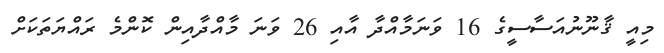
މިއީ ޤާނޫނުއަސާސީގެ 16 ވަނަމާއްދާ އާއި 26 ވަނަ މާއްދާއިން ކޮންމެ ރައްޔަތަކަށް